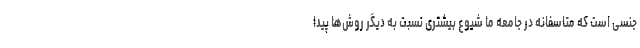
جنسی است که متاسفانه در جامعه ما شیوع بیشتری نسبت به دیگر روش‌ها پیدا